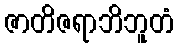
ဇာတိဇရာဘိဘူတံ